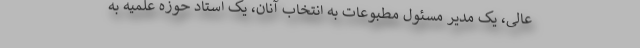
عالی، یک مدیر مسئول مطبوعات به انتخاب آنان، یک استاد حوزه علمیه به